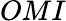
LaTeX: OMI